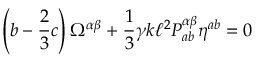
\left( b - \frac { 2 } { 3 } c \right) \Omega ^ { \alpha \beta } + \frac { 1 } { 3 } \gamma k \ell ^ { 2 } P _ { a b } ^ { \alpha \beta } \eta ^ { a b } = 0